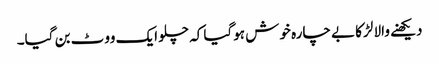
دیکھنے والا لڑکا بے چارہ خوش ہوگیا کہ چلو ایک ووٹ بن گیا۔